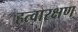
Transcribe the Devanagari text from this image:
हत्वारक्षण